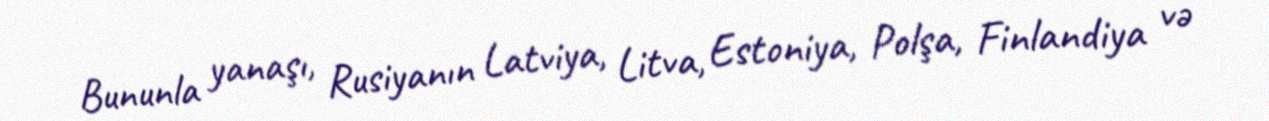
Bununla yanaşı, Rusiyanın Latviya, Litva, Estoniya, Polşa, Finlandiya və